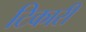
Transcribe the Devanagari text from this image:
टिकारी